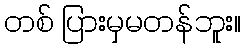
တစ် ပြားမှမတန်ဘူး။